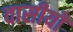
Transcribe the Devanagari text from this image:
वासीयों